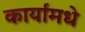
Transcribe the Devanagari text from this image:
कार्यांमधे